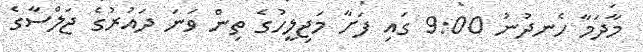
މާދަމާ ހެނދުނު 9:00 ގައި ފަށާ މަޖިލީހުގެ ތިން ވަނަ ދައުރުގެ ޖަލްސާގެ